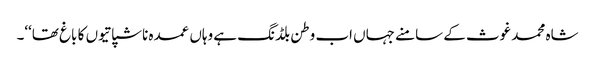
شاہ محمد غوث کے سامنے جہاں اب وطن بلڈنگ ہے وہاں عمدہ ناشپاتیوں کا باغ تھا‘‘۔